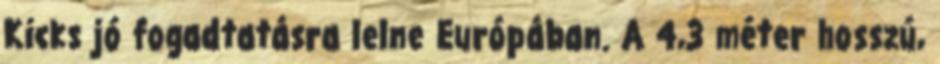
Kicks jó fogadtatásra lelne Európában. A 4,3 méter hosszú,